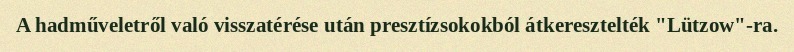
A hadműveletről való visszatérése után presztízsokokból átkeresztelték "Lützow"-ra.